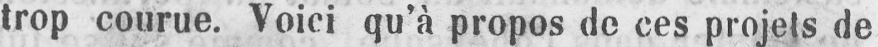
trop courue. Voici qu’à propos de ces projets de